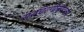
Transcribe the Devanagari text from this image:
सरचिटणीसपदाच्या